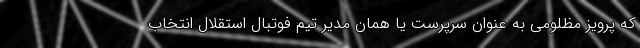
که پرویز مظلومی به عنوان سرپرست یا همان مدیر تیم فوتبال استقلال انتخاب